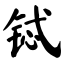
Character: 铽